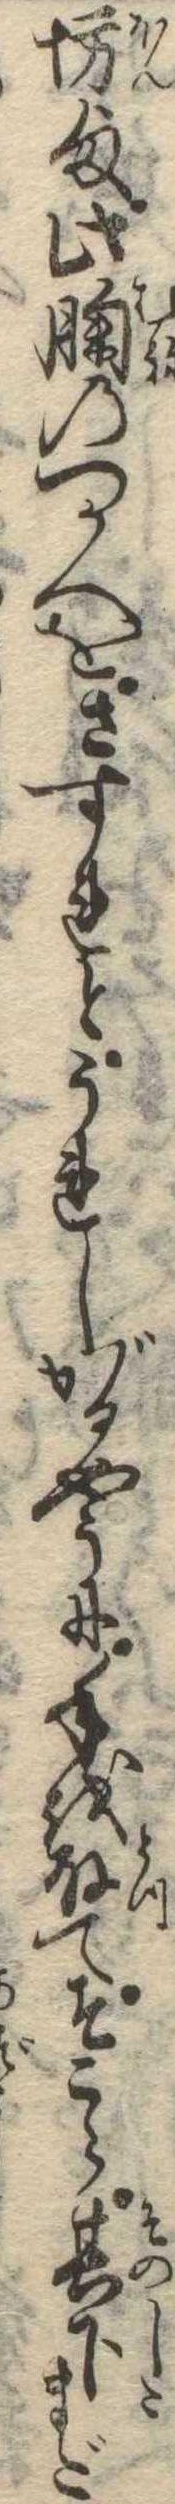
坊様此胸のつかへをさすれとうれしがるやうに手を取てそこら其下まだ